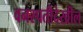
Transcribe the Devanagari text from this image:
वनस्पतीदेखील